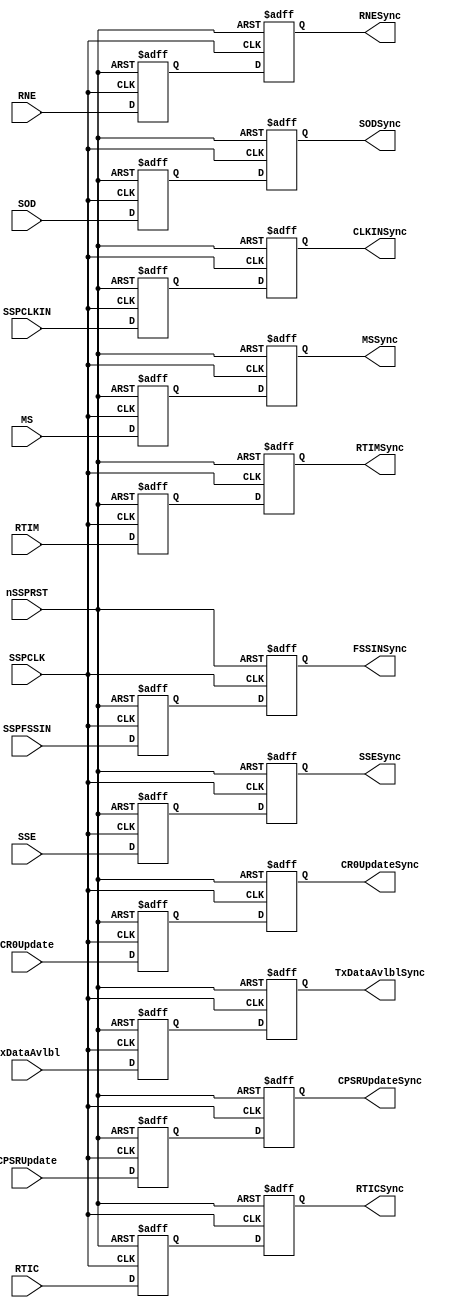
//-----------------------------------------------------------------------------
// The confidential and proprietary information contained in this file may
// only be used by a person authorised under and to the extent permitted
// by a subsisting licensing agreement from ARM Limited.
//
//            (C) COPYRIGHT 2007-2008 ARM Limited.
//                ALL RIGHTS RESERVED
//
// This entire notice must be reproduced on all copies of this file
// and copies of this file may only be made by a person if such person is
// permitted to do so under the terms of a subsisting license agreement
// from ARM Limited.
//  ----------------------------------------------------------------------------
//
//  Version and Release Control Information:
//
//  File Revision          : 20359
//
//  Release Information    : r1p3-00rel1
//
//  ----------------------------------------------------------------------------

//------------------------------------------------------------------------------

// Purpose      : Synchronisers for signals crossing from PCLK domain to
//                SSPCLK domain

// --=========================================================================--

`timescale 1ns/1ps

//  ----------------------------------------------------------------------------


module SspSynctoSSPCLK (
// Inputs
                        SSPCLK,
                        nSSPRST,
                        SSPCLKIN,
                        SSPFSSIN,
                        TxDataAvlbl,
                        SSE,
                        MS,
                        SOD,
                        CR0Update,
                        CPSRUpdate,
                        RTIC,
                        RNE,
                        RTIM,
// Outputs
                        CLKINSync,
                        FSSINSync,
                        TxDataAvlblSync,
                        SSESync,
                        MSSync,
                        SODSync,
                        CR0UpdateSync,
                        CPSRUpdateSync,
                        RTICSync,
                        RNESync,
                        RTIMSync
                      );
// Inputs
input  SSPCLK;          // Main SSP clock
input  nSSPRST;         // Muxed reset (from nSSPRST)
input  SSPCLKIN;        // Serial Clock input
input  SSPFSSIN;        // Serial Frame input
input  TxDataAvlbl;     // TX data available
input  SSE;             // SSP enable
input  MS;              // Master / Slave Select bit
input  SOD;             // Slave Output Disable bit
input  CR0Update;       // Ctrl signal for SSPCR0 sync
input  CPSRUpdate;      // Trigger for SSPCPSR Sync
input  RTIC;            // Rx Time Out Interrupt Clear
input  RNE;             // Rx FIFO Not Empty
input  RTIM;            // Rx Time Interrupt Mask

//Outputs
output CLKINSync;       // To TxRx block
output FSSINSync;       // To TxRx block
output TxDataAvlblSync; // To TxRx block
output SSESync;         // SSP enable
output MSSync;          // Master/Slave Enable bit
output SODSync;         // Slave Output Disable
output CR0UpdateSync;   // To Prescaler
output CPSRUpdateSync;  // To Prescaler
output RTICSync;        // RTIC  synchronised
output RNESync;         // RNE synchronised
output RTIMSync;        // RTIM  synchronised

//------------------------------------------------------------------------------
//
//                               SspSynctoSSPCLK
//                               ===============
//
//------------------------------------------------------------------------------
//
// Overview
// ========
//
// This block implements the synchronisers for signals crossing over from the
// PCLK domain to the SSPCLK domain. The signals are 'double-synchronise'd using
// inferred d-type flip-flops.
//------------------------------------------------------------------------------

//------------------------------------------------------------------------------
// Register Declarations
//------------------------------------------------------------------------------
reg CR0UpdateSync1;
// 1st stage synchronised version of CR0Update input

reg CR0UpdateSync;
// 2nd stage synchronised version of CR0Update input

reg TxDataAvlblSync1;
// 1st stage synchronised version of TxDataAvlbl input

reg TxDataAvlblSync;
// 2nd stage synchronised version of TxDataAvlbl input

reg SSESync1;
// 1st stage synchronised version of SSE input

reg SSESync;
// 2nd stage synchronised version of SSE input

reg CPSRUpdateSync1;
// 1st stage synchronised version of CPSRUpdate input

reg CPSRUpdateSync;
// 2nd stage synchronised version of CPSRUpdate input

reg CLKINSync1;
// 1st stage synchronised version of SCLKIN input

reg CLKINSync;
// 2nd stage synchronised version of SCLKIN input

reg FSSINSync1;
// 1st stage synchronised version of SSPFSSIN input

reg FSSINSync;
// 2nd stage synchronised version of SSPFSSIN input

reg MSSync1;
// 1st stage synchronised version of MS input

reg MSSync;
// 2nd stage synchronised version of MS input

reg SODSync1;
// 1st stage synchronised version of SOD input

reg SODSync;
// 2nd stage synchronised version of SOD input

reg RTICSync1;
// 1st stage synchronised version of RTIC input

reg RTICSync;
// 2nd stage synchronised version of RTIC input

reg RNESync1;
// 1st stage synchronised version of RNE input

reg RNESync;
// 2ns stage synchronised version of RNE input

reg RTIMSync1;
// 1st stage synchronised version of RTIM input

reg RTIMSync;
// 2nd stage synchronised version of RTIM input


//------------------------------------------------------------------------------
//
// Main body of code
// =================
//
//------------------------------------------------------------------------------

//------------------------------------------------------------------------------
// Double-synchronise with inferred D-types
//------------------------------------------------------------------------------
always @(posedge SSPCLK or negedge nSSPRST)
begin : p_Sync
  if (nSSPRST == 1'b0)
    begin
      CR0UpdateSync1   <= 1'b0;
      CR0UpdateSync    <= 1'b0;
      TxDataAvlblSync1 <= 1'b0;
      TxDataAvlblSync  <= 1'b0;
      SSESync1         <= 1'b0;
      SSESync          <= 1'b0;
      CPSRUpdateSync1  <= 1'b0;
      CPSRUpdateSync   <= 1'b0;
      CLKINSync1       <= 1'b0;
      CLKINSync        <= 1'b0;
      FSSINSync1       <= 1'b1;
      FSSINSync        <= 1'b1;
      MSSync1          <= 1'b0;
      MSSync           <= 1'b0;
      SODSync          <= 1'b0;
      SODSync1         <= 1'b0;
      RTICSync         <= 1'b0;
      RTICSync1        <= 1'b0;
      RNESync          <= 1'b0;
      RNESync1         <= 1'b0;
      RTIMSync         <= 1'b0;
      RTIMSync1        <= 1'b0;
    end
  else
    begin
      CR0UpdateSync1   <= CR0Update;
      CR0UpdateSync    <= CR0UpdateSync1;

      TxDataAvlblSync1 <= TxDataAvlbl;
      TxDataAvlblSync  <= TxDataAvlblSync1;

      SSESync1         <= SSE;
      SSESync          <= SSESync1;

      CLKINSync1       <= SSPCLKIN;
      CLKINSync        <= CLKINSync1;

      FSSINSync1       <= SSPFSSIN;
      FSSINSync        <= FSSINSync1;

      MSSync1          <= MS;
      MSSync           <= MSSync1;

      SODSync1         <= SOD;
      SODSync          <= SODSync1;

      RTICSync1        <= RTIC;
      RTICSync         <= RTICSync1;

      RNESync1         <= RNE;
      RNESync          <= RNESync1;

      RTIMSync1        <= RTIM;
      RTIMSync         <= RTIMSync1;

      CPSRUpdateSync1  <= CPSRUpdate;
      CPSRUpdateSync   <= CPSRUpdateSync1;
    end
end // p_Sync

endmodule

//================================== End =====================================--